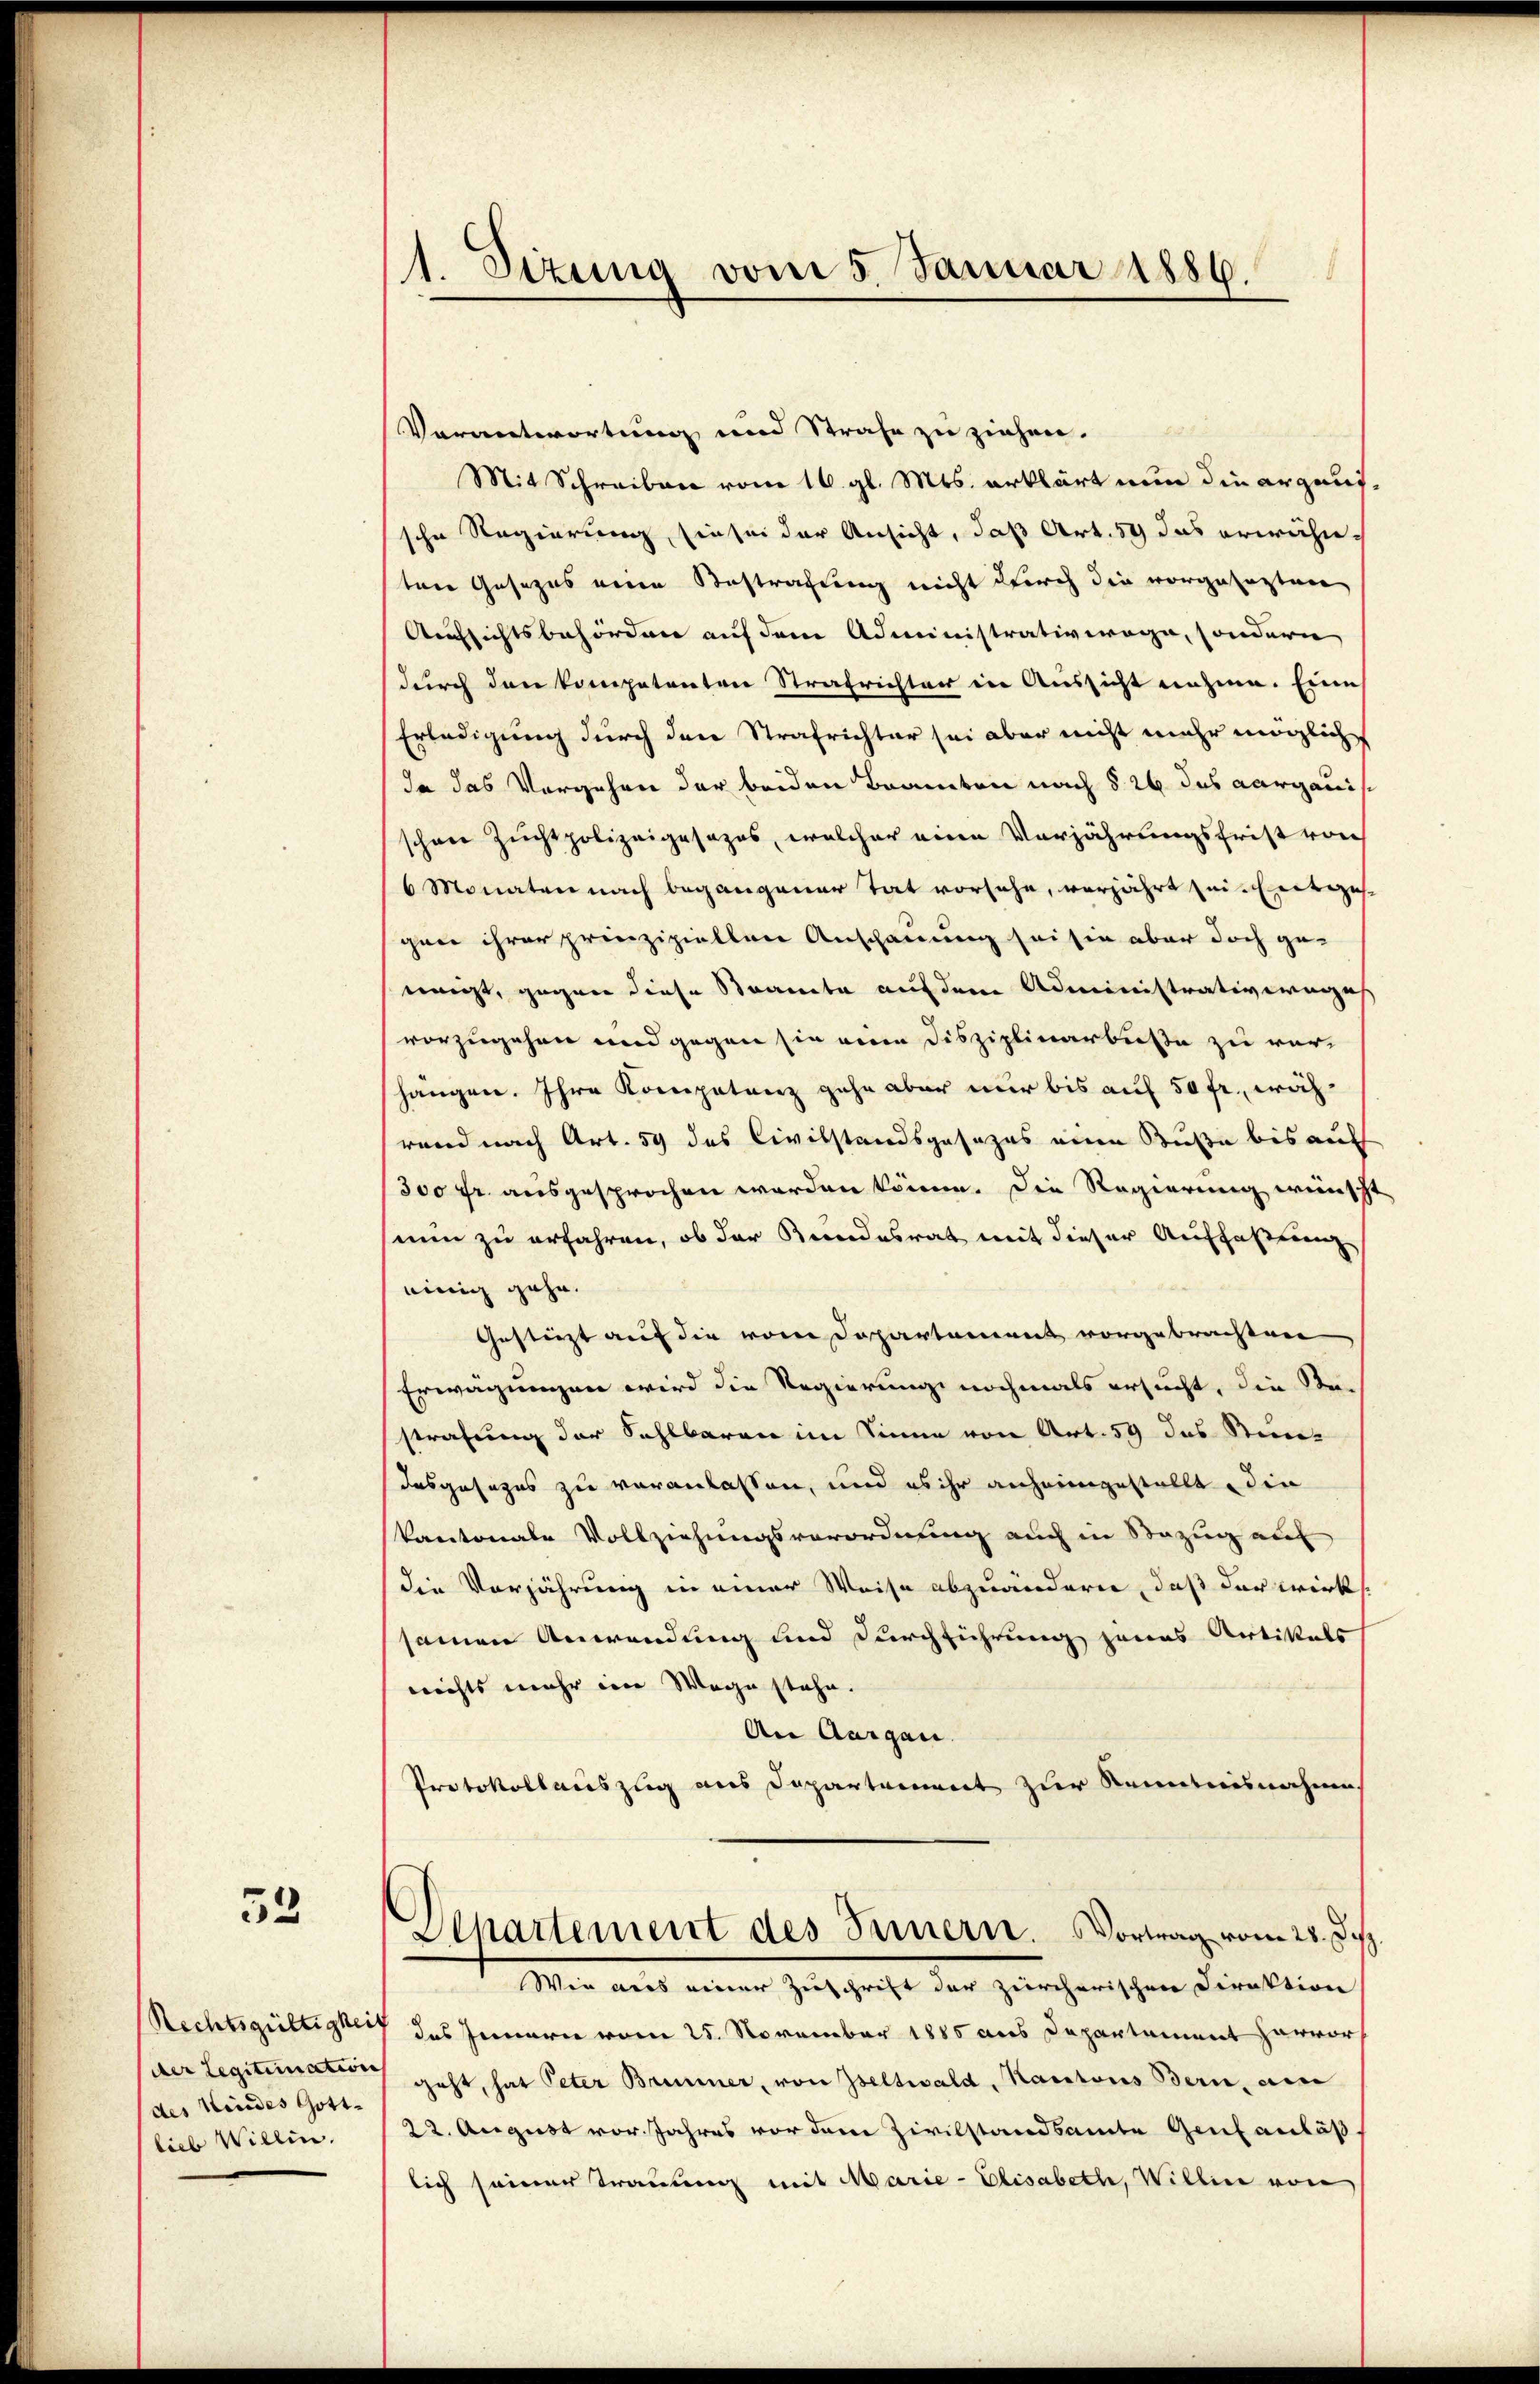
52

Rechtsgültigkei
der Legitimation
des Kindes Gott-
lieb Willin.

1. Sizung vom 5. Januar 1886.

Verantwortung und Strafe zu ziehen.
Mit Schreiben vom 16. gl. Mts. erklärt nun die erganssche Regierung, sie sei der Ansicht, daß Art. 59 das erwähnten Gesezes einen Bestrafung nicht durch die vorgesagten
Aufsichtsbehörden auf dem Administrativwöge, sondern
durch den kompetenten Strafrichten in Aussicht nahme. Eine
Erledigung durch den Strafrichter sei aber nicht mehr möglich
da das Vergehen der beiden Beamten nach § 26 das Aargauis
schon Zuchtpolizeigesezes, welcher eine Verjährungsfrist von
6 Monaten nach begangener Tat vorsehe, vorjährt sei entgese
gen ihrer prinzipiellen Anschauung sei sie aber doch ge-
einigt, gegen diese Stramte auf dem Administrativerges
vorzugehen und gegen sie einen Disziplinarbuste zu ver-
hängen. Ihre Kompetenz gehe aber nur bis auf 50 fr., währand nach Art. 59 das Civilstandsgesezes eine Buße bis auf
300 fr. ausgesprochen worden könne. Die Regierung wünscht
nun zu erfahren, ob der Kundesrat mit dieser Auffaßung
einig gehe.
Gestützt auf die vom Departement vorgebrachten
Erwägungen wird die Regierung nochmals ersucht, die Bestrafung der Sahlbaren im Sinne von Art. 59 das Stim-
Dasgesezes zu veranlassen, und es ihr anheimgestellt die
kantonale Vollziehungsverordnung auch in Bezug auf
die Verjährung in einer Weise abzuändern, daß der wirks
samen Anwendung und Durchführung jenes Artikals
nichts mehr im Wege stehe.
An Aargau.
Protokollauszug aus Departement zur Kenntnisnahme
Separtement des Innern. Vortrag vom 28. Je
Wie aus einer Zuschrift der zürcherischen Direktion
 das Innern vom 25. November 1885 aus Departement hervor
geht, hat Peter Brunner, von Zeltwald, Kantons Bern, aine
22. August vor. Jahres vor dem Zivilstandsamte Genf anläß
lich seiner Trauung mit Marie-Elisabeth, Willin von